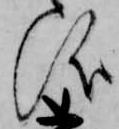
儀